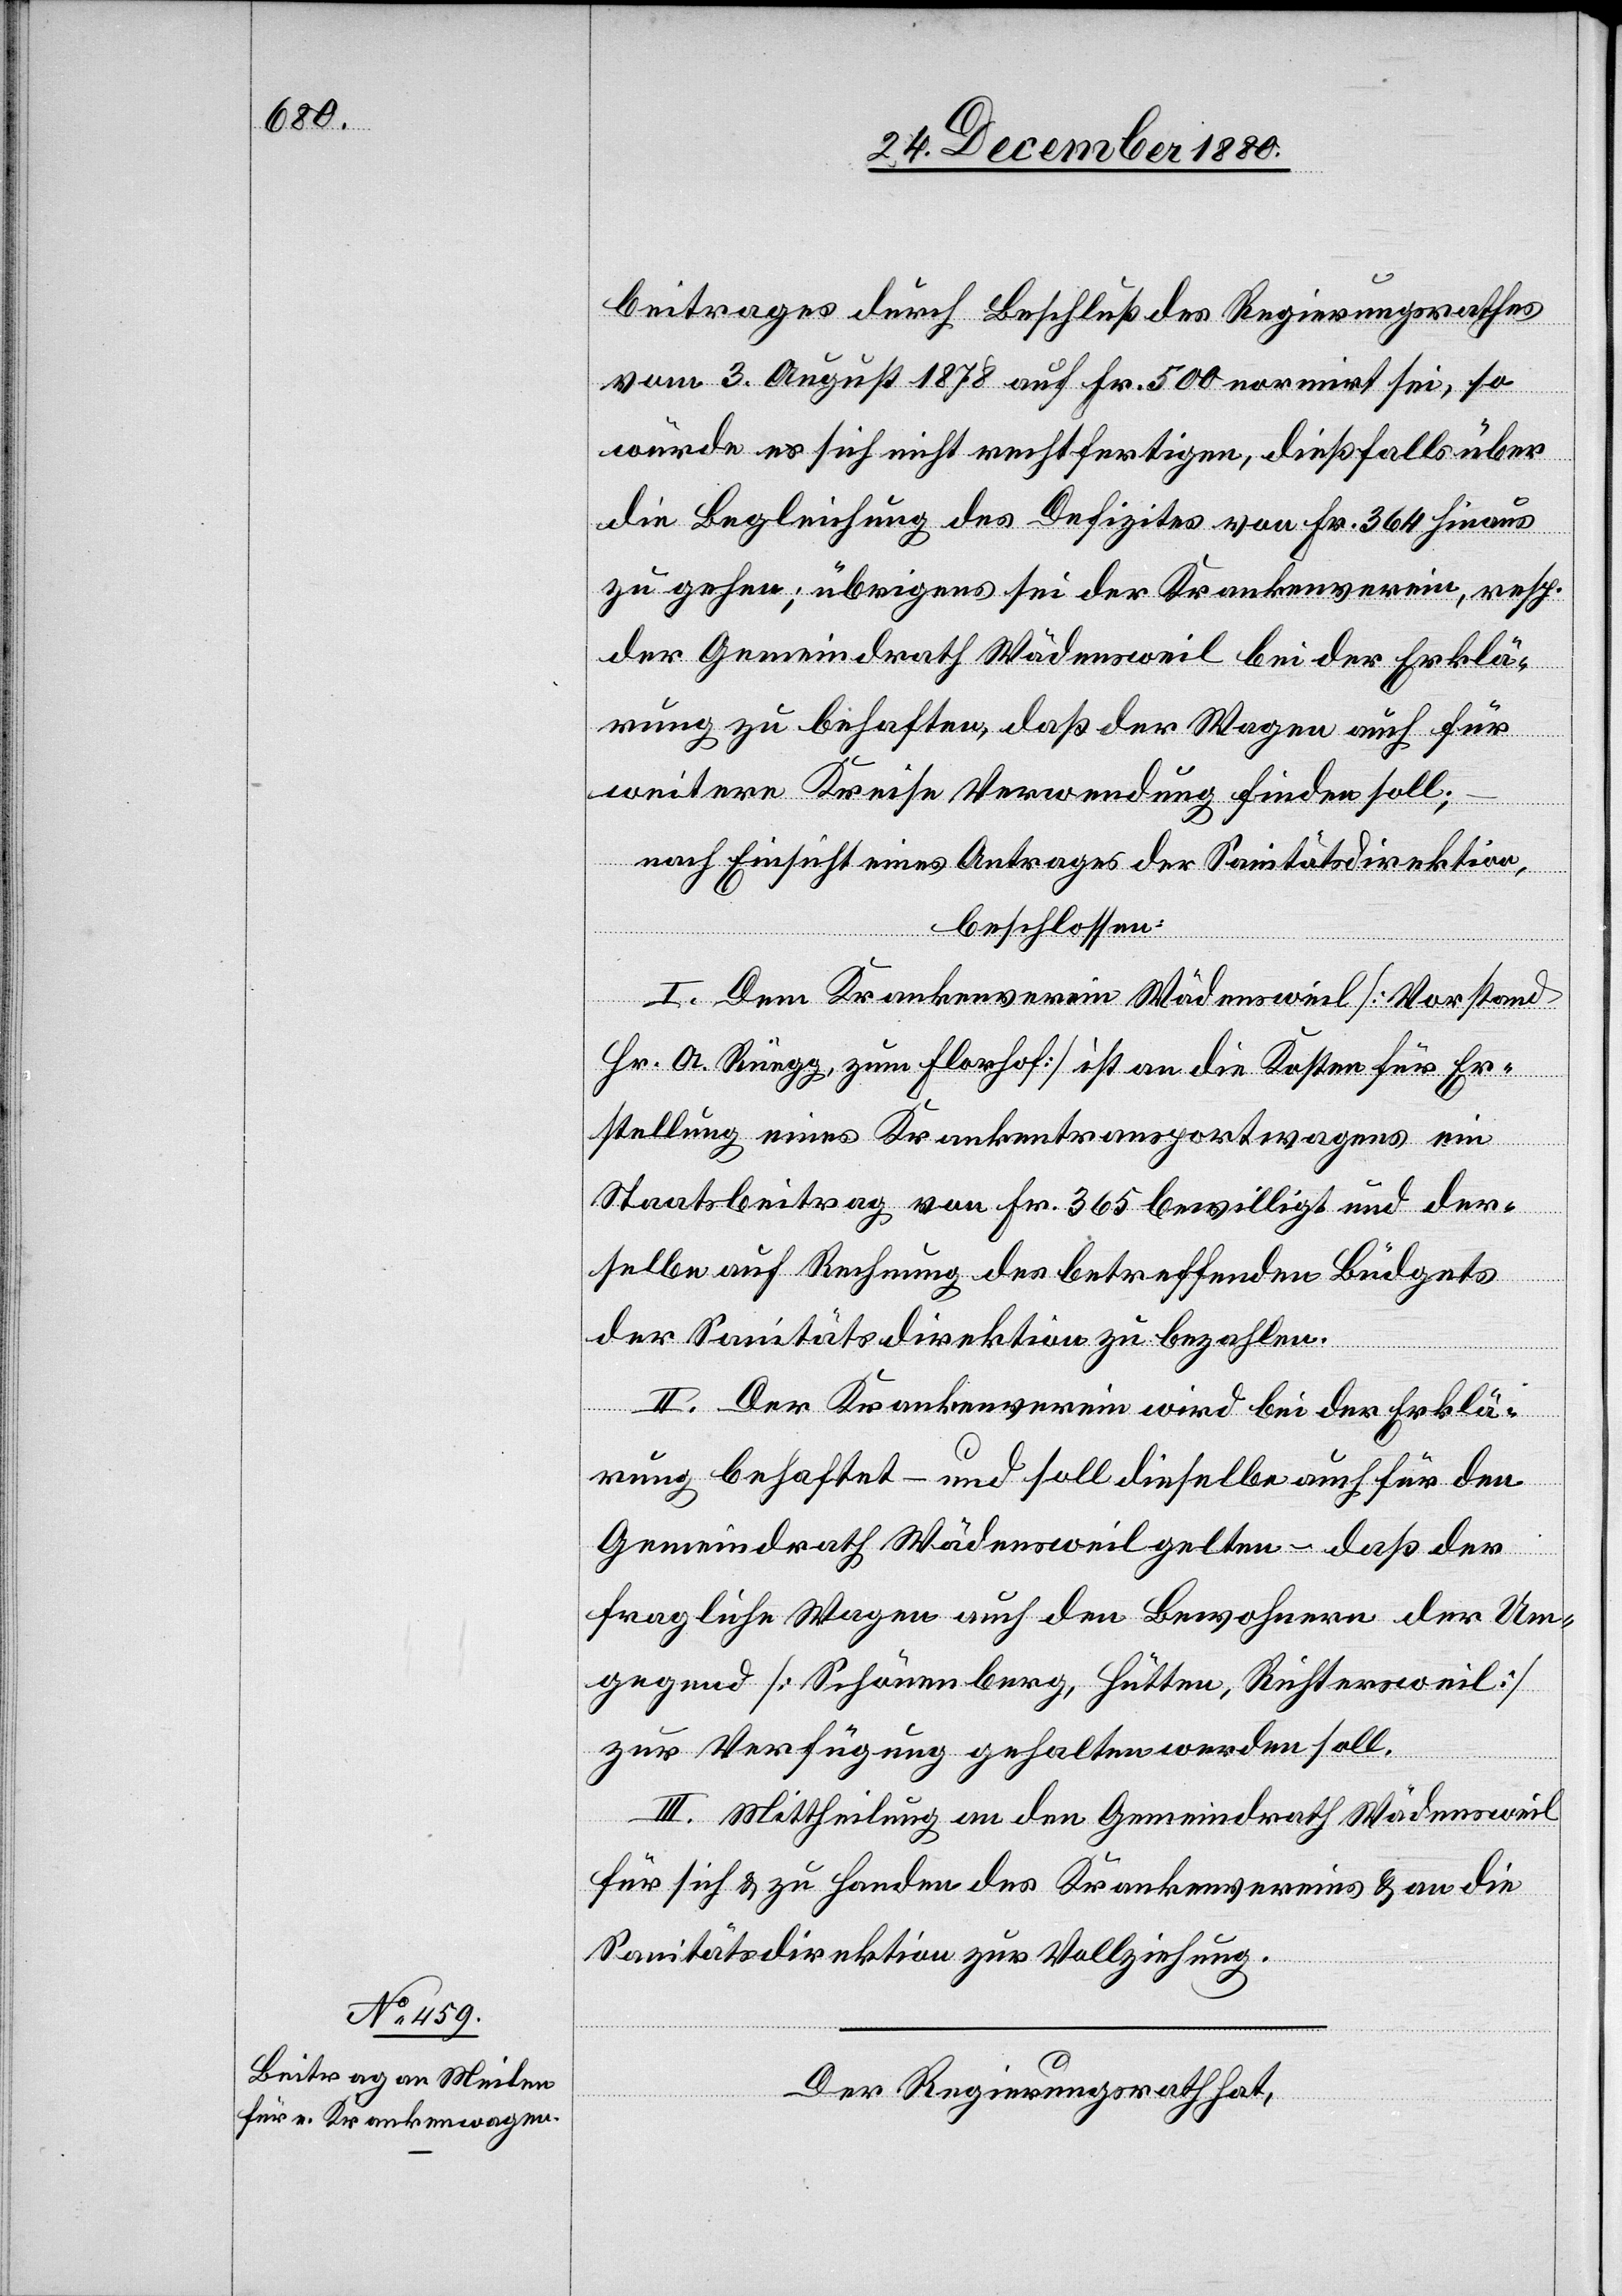
beitrages durch Beschluß des Regierungsrathes
vom 3. August 1878 auf Fr. 500 normirt sei, so
würde es sich nicht rechtfertigen, dießfalls über
die Begleichung des Defizites von Fr. 364 hinaus
zu gehen; übrigens sei der Krankenverein, resp.
der Gemeindrath Wädensweil bei der Erklä¬
rung zu behaften, daß der Wagen auch für
weitere Kreise Verwendung finden soll;
nach Einsicht eines Antrages der Sanitätsdirektion,
beschlossen:
I. Dem Krankenverein Wädensweil [Vorstand
Hr. A. Rüegg, zum Florhof] ist an die Kosten für Er¬
stellung eins Krankentransportwagens ein
Staatsbeitrag von Fr. 365 bewilligt und der¬
selbe auf Rechnung des betreffenden Büdgets
der Sanitätsdirektion zu bezahlen.
II. Der Krankenverein wird bei der Erklä¬
rung behaftet – und soll dieselbe auch für den
Gemeindrath Wädensweil gelten – daß der
fragliche Wagen auch den Bewohnern der Um¬
gegend [Schönenberg, Hütten, Richtersweil]
zur Verfügung gehalten werden soll.
III. Mittheilung an den Gemeindrath Wädensweil
für sich & zu Handen des Krankenvereins & an die
Sanitätsdirektion zur Vollziehung.
Der Regierungsrath hat,